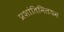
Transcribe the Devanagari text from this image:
प्रशांतिनिलयम